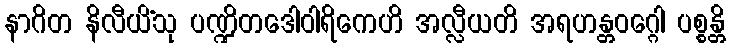
နာဂိတ နိလီယိံသု ပဏ္ဍိတဒေါဝါရိကေဟိ အလ္လီယတိ အရဟန္တဝဂ္ဂေါ ပစ္စန္တိ